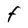
Character: F